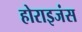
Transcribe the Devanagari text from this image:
होराइजंस